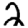
Digit: 2